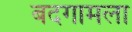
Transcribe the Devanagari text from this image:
बदगामला